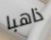
ذاهبا